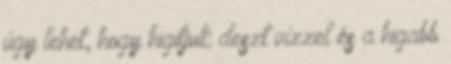
úgy lehet, hogy higitjuk deszt vízzel és a higabb